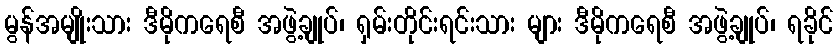
မွန်အမျိုးသား ဒီမိုကရေစီ အဖွဲ့ချုပ်၊ ရှမ်းတိုင်းရင်းသား များ ဒီမိုကရေစီ အဖွဲ့ချုပ်၊ ရခိုင်